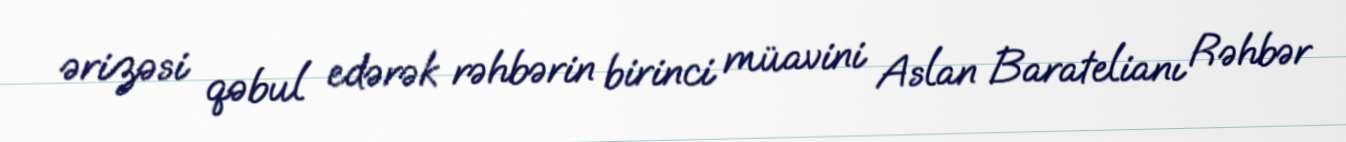
ərizəsi qəbul edərək rəhbərin birinci müavini Aslan Baratelianı Rəhbər